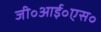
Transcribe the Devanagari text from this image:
जी॰आई॰एस॰